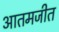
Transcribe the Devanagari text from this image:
आतमजीत